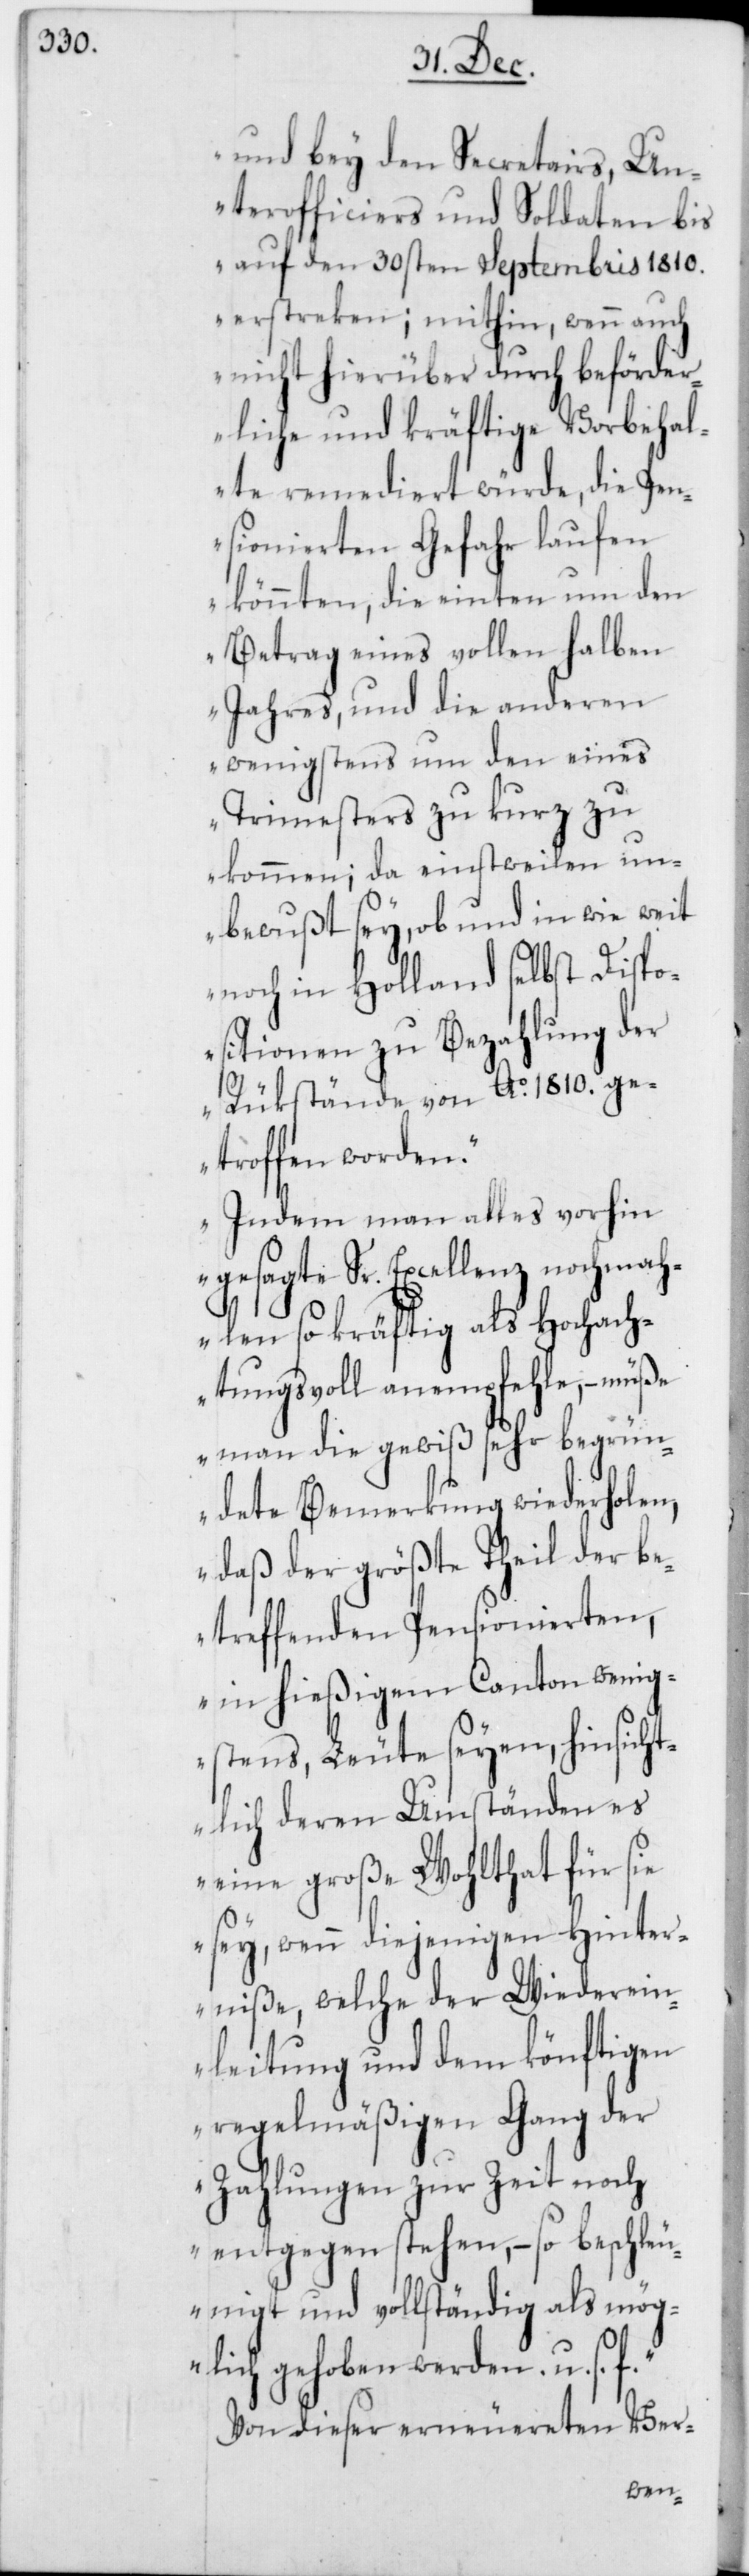
und bey den Secretairs, Un¬
terofficiers und Soldaten bis
auf den 30sten Septembris 1810.
erstreken; mithin, wenn auch
nicht hierüber durch beförder¬
liche und kräftige Vorbehal¬
te remediert würde, die Pen¬
sionierten Gefahr laufen
könnten, die einten um den
Betrag eines vollen halben
Jahres, und die anderen
wenigstens um den eines
Trimesters zu kurz zu
kommen; da einstweilen un¬
bewußt sey, ob und in wie weit
noch in Holland selbst Dispo¬
sitionen zu Bezahlung der
Rükstände von Ao. 1810. ge¬
troffen worden.
Indem man alles vorhin
gesagte Sr. Excellenz nochmah¬
len so kräftig als Hochach¬
tungsvoll anempfehle, – müße
man die gewiß sehr begrün¬
dete Bemerkung wiederholen,
daß der größte Theil der b¬
etreffenden Pensionierten,
in hießigem Canton wenig¬
stens, Leute seyen, hinsicht¬
lich deren Umständen es
eine große Wohltat für
sey, wenn diejenigen Hinder¬
erein¬
niße, welche der Wied¬
leitung und dem könftigen
regelmäßigen Gang der
Zahlungen zur Zeit noch
entgegen stehen, – so beschleu¬
nigt und vollständig als mög¬
lich gehoben werden. u. s.
Von dieser erneuereten Ver-